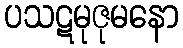
ပသဋမုဇုမနော